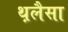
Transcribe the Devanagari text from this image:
थ़लैसा